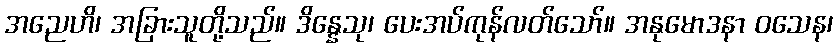
အညေဟိ၊ အခြားသူတို့သည်။ ဒိန္နေသု၊ ပေးအပ်ကုန်လတ်သော်။ အနုမောဒနာ ဝသေန၊